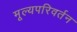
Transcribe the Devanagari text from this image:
मूल्यपरिवर्तन